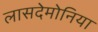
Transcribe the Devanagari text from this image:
लासदेमोनिया